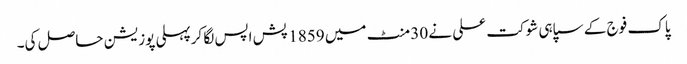
پاک فوج کے سپاہی شوکت علی نے 30 منٹ میں 1859 پش اپس لگا کرپہلی پوزیشن حاصل کی۔